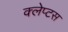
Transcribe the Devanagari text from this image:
क्लेप्टस